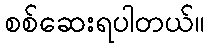
စစ်ဆေးရပါတယ်။